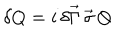
LaTeX: \delta Q = i \, \delta \vec { \Gamma } \, \vec { \sigma } \, Q